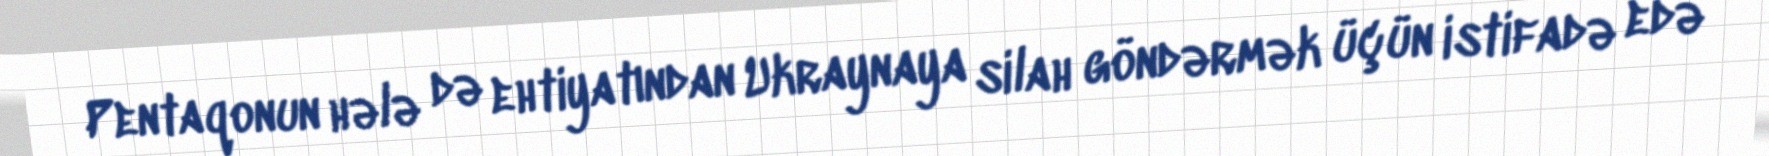
Pentaqonun hələ də ehtiyatından Ukraynaya silah göndərmək üçün istifadə edə